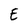
Character: e